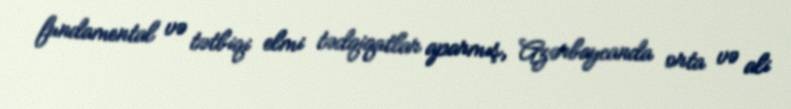
fundamental və tətbiqi elmi tədqiqatlar aparmış, Azərbaycanda orta və ali